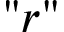
" r "